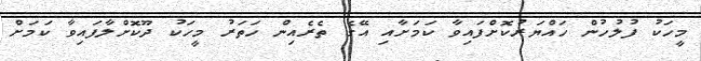
މީހަކު ފުލުހުން ހައްޔަރުކޮށްފައިވާ ކަމަށާއި އޭގެ ތެރެއިން ހަތަރު މީހަކު ދޫކޮށްލާފައިވާ ކަމަށް